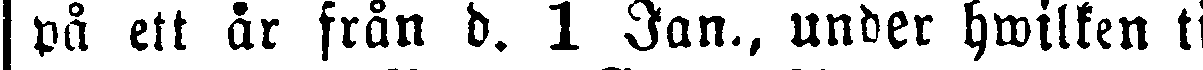
på ett år från d. 1 Jan., under hwilken ti